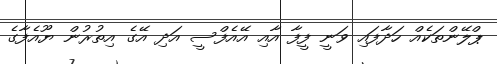
ޕްލޭންތަކެއް ހަދާފައި ވަނީ ފީފާ އާއި އޭއެފްސީ އަދި އޭގެ އިތުރުން ޔޫއެފާގެ